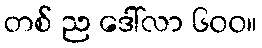
တစ် ည ဒေါ်လာ ၆၀၀။